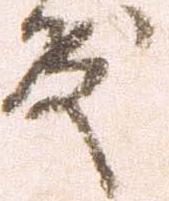
殿